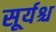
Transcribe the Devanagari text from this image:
सूर्यश्च